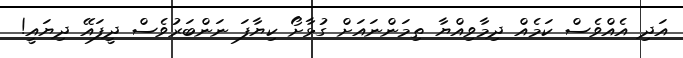
އަދި އެއްވެސް ކަމެއް ދިމާވިއްޔާ ތިމަންނައަށް ގުޅާށޯ ކިޔާފަ ނަންބަރުވެސް ދީފައޭ ދިޔައީ!